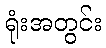
ရုံးအတွင်း